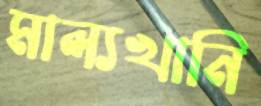
মাল্যখানি